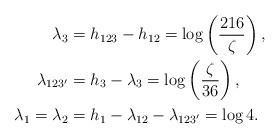
LaTeX: \begin{align*}\lambda_{3}&=h_{123}-h_{12} = \log \left(\frac{216}{\zeta}\right),\\\lambda_{123'}&=h_3-\lambda_{3}= \log \left(\frac{\zeta}{36}\right),\\\lambda_{1}=\lambda_2&=h_{1}-\lambda_{12}-\lambda_{123'} = \log 4.\end{align*}